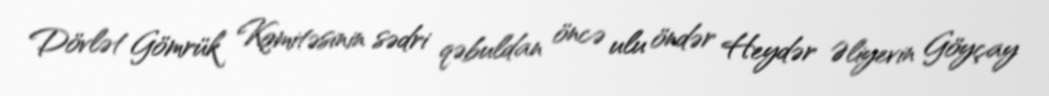
Dövlət Gömrük Komitəsinin sədri qəbuldan öncə ulu öndər Heydər Əliyevin Göyçay